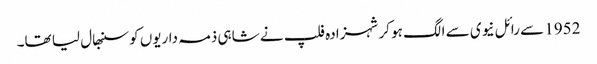
1952 سے رائل نیوی سے الگ ہو کر شہزادہ فلپ نے شاہی ذمہ داریوں کو سنبھال لیا تھا۔